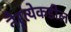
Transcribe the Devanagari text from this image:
नैरृत्येकडील